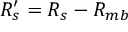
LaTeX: R _ { s } ^ { \prime } = R _ { s } - R _ { m b }